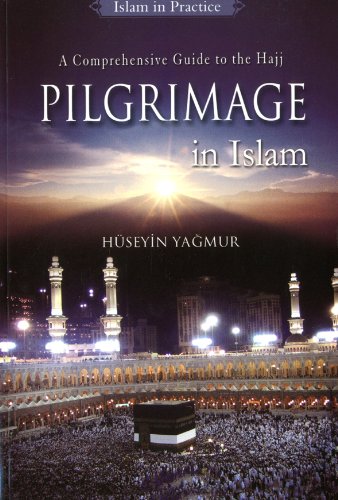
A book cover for Pilgrimage in Islam (Islam in Practice); Huseyin Yagmur; Religion & Spirituality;